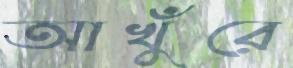
আখুঁরে